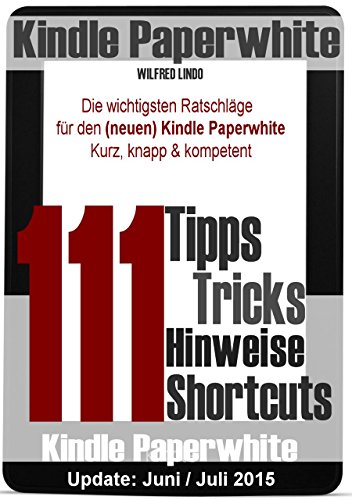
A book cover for Kindle Paperwhite: 111 Tipps, Tricks, Hinweise und Shortcuts: Die wichtigsten RatschlÃ¤ge fÃ¼r den neuen und alten Kindle Paperwhite (German Edition); Wilfred Lindo; Computers & Technology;